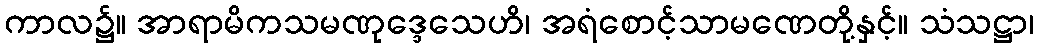
ကာလ၌။ အာရာမိကသမဏုဒ္ဒေသေဟိ၊ အရံစောင့်သာမဏေတို့နှင့်။ သံသဋ္ဌာ၊